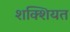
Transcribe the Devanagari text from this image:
शक्शियत